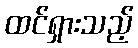
ထင်ရှားသည့်